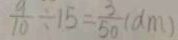
\frac { 9 } { 1 0 } \div 1 5 = \frac { 3 } { 5 0 } ( d m )